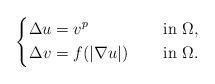
LaTeX: \begin{align*}\left\{\begin{aligned}\Delta u&=v^{p} &&\quad\mbox{ in } \Omega, \\\Delta v&=f(|\nabla u|) &&\quad\mbox{ in } \Omega.\end{aligned}\right.\end{align*}